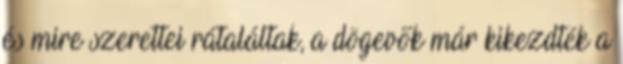
és mire szerettei rátaláltak, a dögevők már kikezdték a